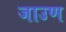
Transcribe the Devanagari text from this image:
जाउण